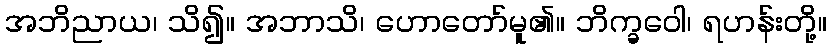
အဘိညာယ၊ သိ၍။ အဘာသိ၊ ဟောတော်မူ၏။ ဘိက္ခဝေါ၊ ရဟန်းတို့။